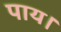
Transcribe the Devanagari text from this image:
पाय।